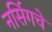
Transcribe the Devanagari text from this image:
नर्सिगचे